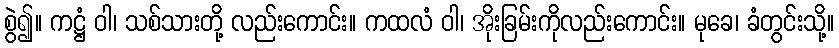
စွဲ၍။ ကဋ္ဌံ ဝါ၊ သစ်သားတို့ လည်းကောင်း။ ကထလံ ဝါ၊ အိုးခြမ်းကိုလည်းကောင်း။ မုခေ၊ ခံတွင်းသို့။